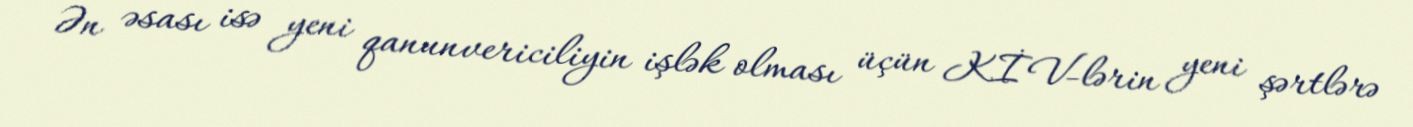
Ən əsası isə yeni qanunvericiliyin işlək olması üçün KİV-lərin yeni şərtlərə